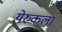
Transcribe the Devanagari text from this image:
येरुकला